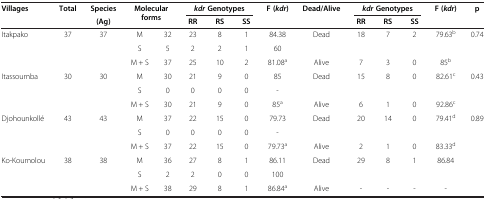
<table><thead><tr><td rowspan="2"><b>Villages</b></td><td rowspan="2"><b>Total</b></td><td><b>Species</b></td><td rowspan="2" colspan="2"><b>Molecular forms</b></td><td colspan="3"><b><i>kdr </i>Genotypes</b></td><td rowspan="2"><b>F ( <i>kdr </i>)</b></td><td rowspan="2"><b>Dead/Alive</b></td><td colspan="3"><b><i>kdr </i>Genotypes</b></td><td rowspan="2"><b>F ( <i>kdr </i>)</b></td><td rowspan="2"><b>p</b></td></tr><tr><td><b>(Ag)</b></td><td><b>RR</b></td><td><b>RS</b></td><td><b>SS</b></td><td><b>RR</b></td><td><b>RS</b></td><td><b>SS</b></td></tr></thead><tbody><tr><td rowspan="3">Itakpako</td><td rowspan="3">37</td><td rowspan="3">37</td><td>M</td><td>32</td><td>23</td><td>8</td><td>1</td><td>84.38</td><td>Dead</td><td>18</td><td>7</td><td>2</td><td>79.63<sup>b</sup></td><td rowspan="3">0.74</td></tr><tr><td>S</td><td>5</td><td>2</td><td>2</td><td>1</td><td>60</td><td> </td><td> </td><td> </td><td> </td><td> </td></tr><tr><td>M + S</td><td>37</td><td>25</td><td>10</td><td>2</td><td>81.08<sup>a</sup></td><td>Alive</td><td>7</td><td>3</td><td>0</td><td>85<sup>b</sup></td></tr><tr><td rowspan="3">Itassoumba</td><td rowspan="3">30</td><td rowspan="3">30</td><td>M</td><td>30</td><td>21</td><td>9</td><td>0</td><td>85</td><td>Dead</td><td>15</td><td>8</td><td>0</td><td>82.61<sup>c</sup></td><td rowspan="3">0.43</td></tr><tr><td>S</td><td>0</td><td>0</td><td>0</td><td>0</td><td>-</td><td> </td><td> </td><td> </td><td> </td><td> </td></tr><tr><td>M + S</td><td>30</td><td>21</td><td>9</td><td>0</td><td>85<sup>a</sup></td><td>Alive</td><td>6</td><td>1</td><td>0</td><td>92.86<sup>c</sup></td></tr><tr><td rowspan="3">Djohounkollé</td><td rowspan="3">43</td><td rowspan="3">43</td><td>M</td><td>37</td><td>22</td><td>15</td><td>0</td><td>79.73</td><td>Dead</td><td>20</td><td>14</td><td>0</td><td>79.41<sup>d</sup></td><td rowspan="3">0.89</td></tr><tr><td>S</td><td>0</td><td>0</td><td>0</td><td>0</td><td>-</td><td> </td><td> </td><td> </td><td> </td><td> </td></tr><tr><td>M + S</td><td>37</td><td>22</td><td>15</td><td>0</td><td>79.73<sup>a</sup></td><td>Alive</td><td>2</td><td>1</td><td>0</td><td>83.33<sup>d</sup></td></tr><tr><td rowspan="3">Ko-Koumolou</td><td rowspan="3">38</td><td rowspan="3">38</td><td>M</td><td>36</td><td>27</td><td>8</td><td>1</td><td>86.11</td><td>Dead</td><td>29</td><td>8</td><td>1</td><td>86.84</td><td rowspan="3"> </td></tr><tr><td>S</td><td>2</td><td>2</td><td>0</td><td>0</td><td>100</td><td> </td><td> </td><td> </td><td> </td><td> </td></tr><tr><td>M + S</td><td>38</td><td>29</td><td>8</td><td>1</td><td>86.84<sup>a</sup></td><td>Alive</td><td>-</td><td>-</td><td>-</td><td>-</td></tr></tbody></table>